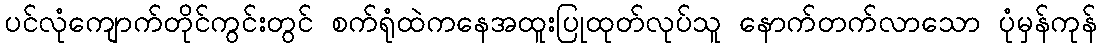
ပင်လုံကျောက်တိုင်ကွင်းတွင် စက်ရုံထဲကနေအထူးပြုထုတ်လုပ်သူ နောက်တက်လာသော ပုံမှန်ကုန်